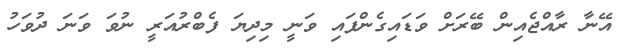
އޭނާ ރާއްޖެއިން ބޭރަށް ވަޑައިގެންފައި ވަނީ މިދިޔަ ފެބްރުއަރީ ނުވަ ވަނަ ދުވަހު